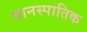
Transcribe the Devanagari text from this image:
वानस्पातिक